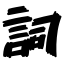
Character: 詞